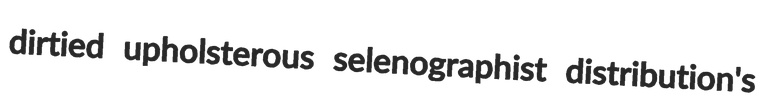
dirtied upholsterous selenographist distribution's